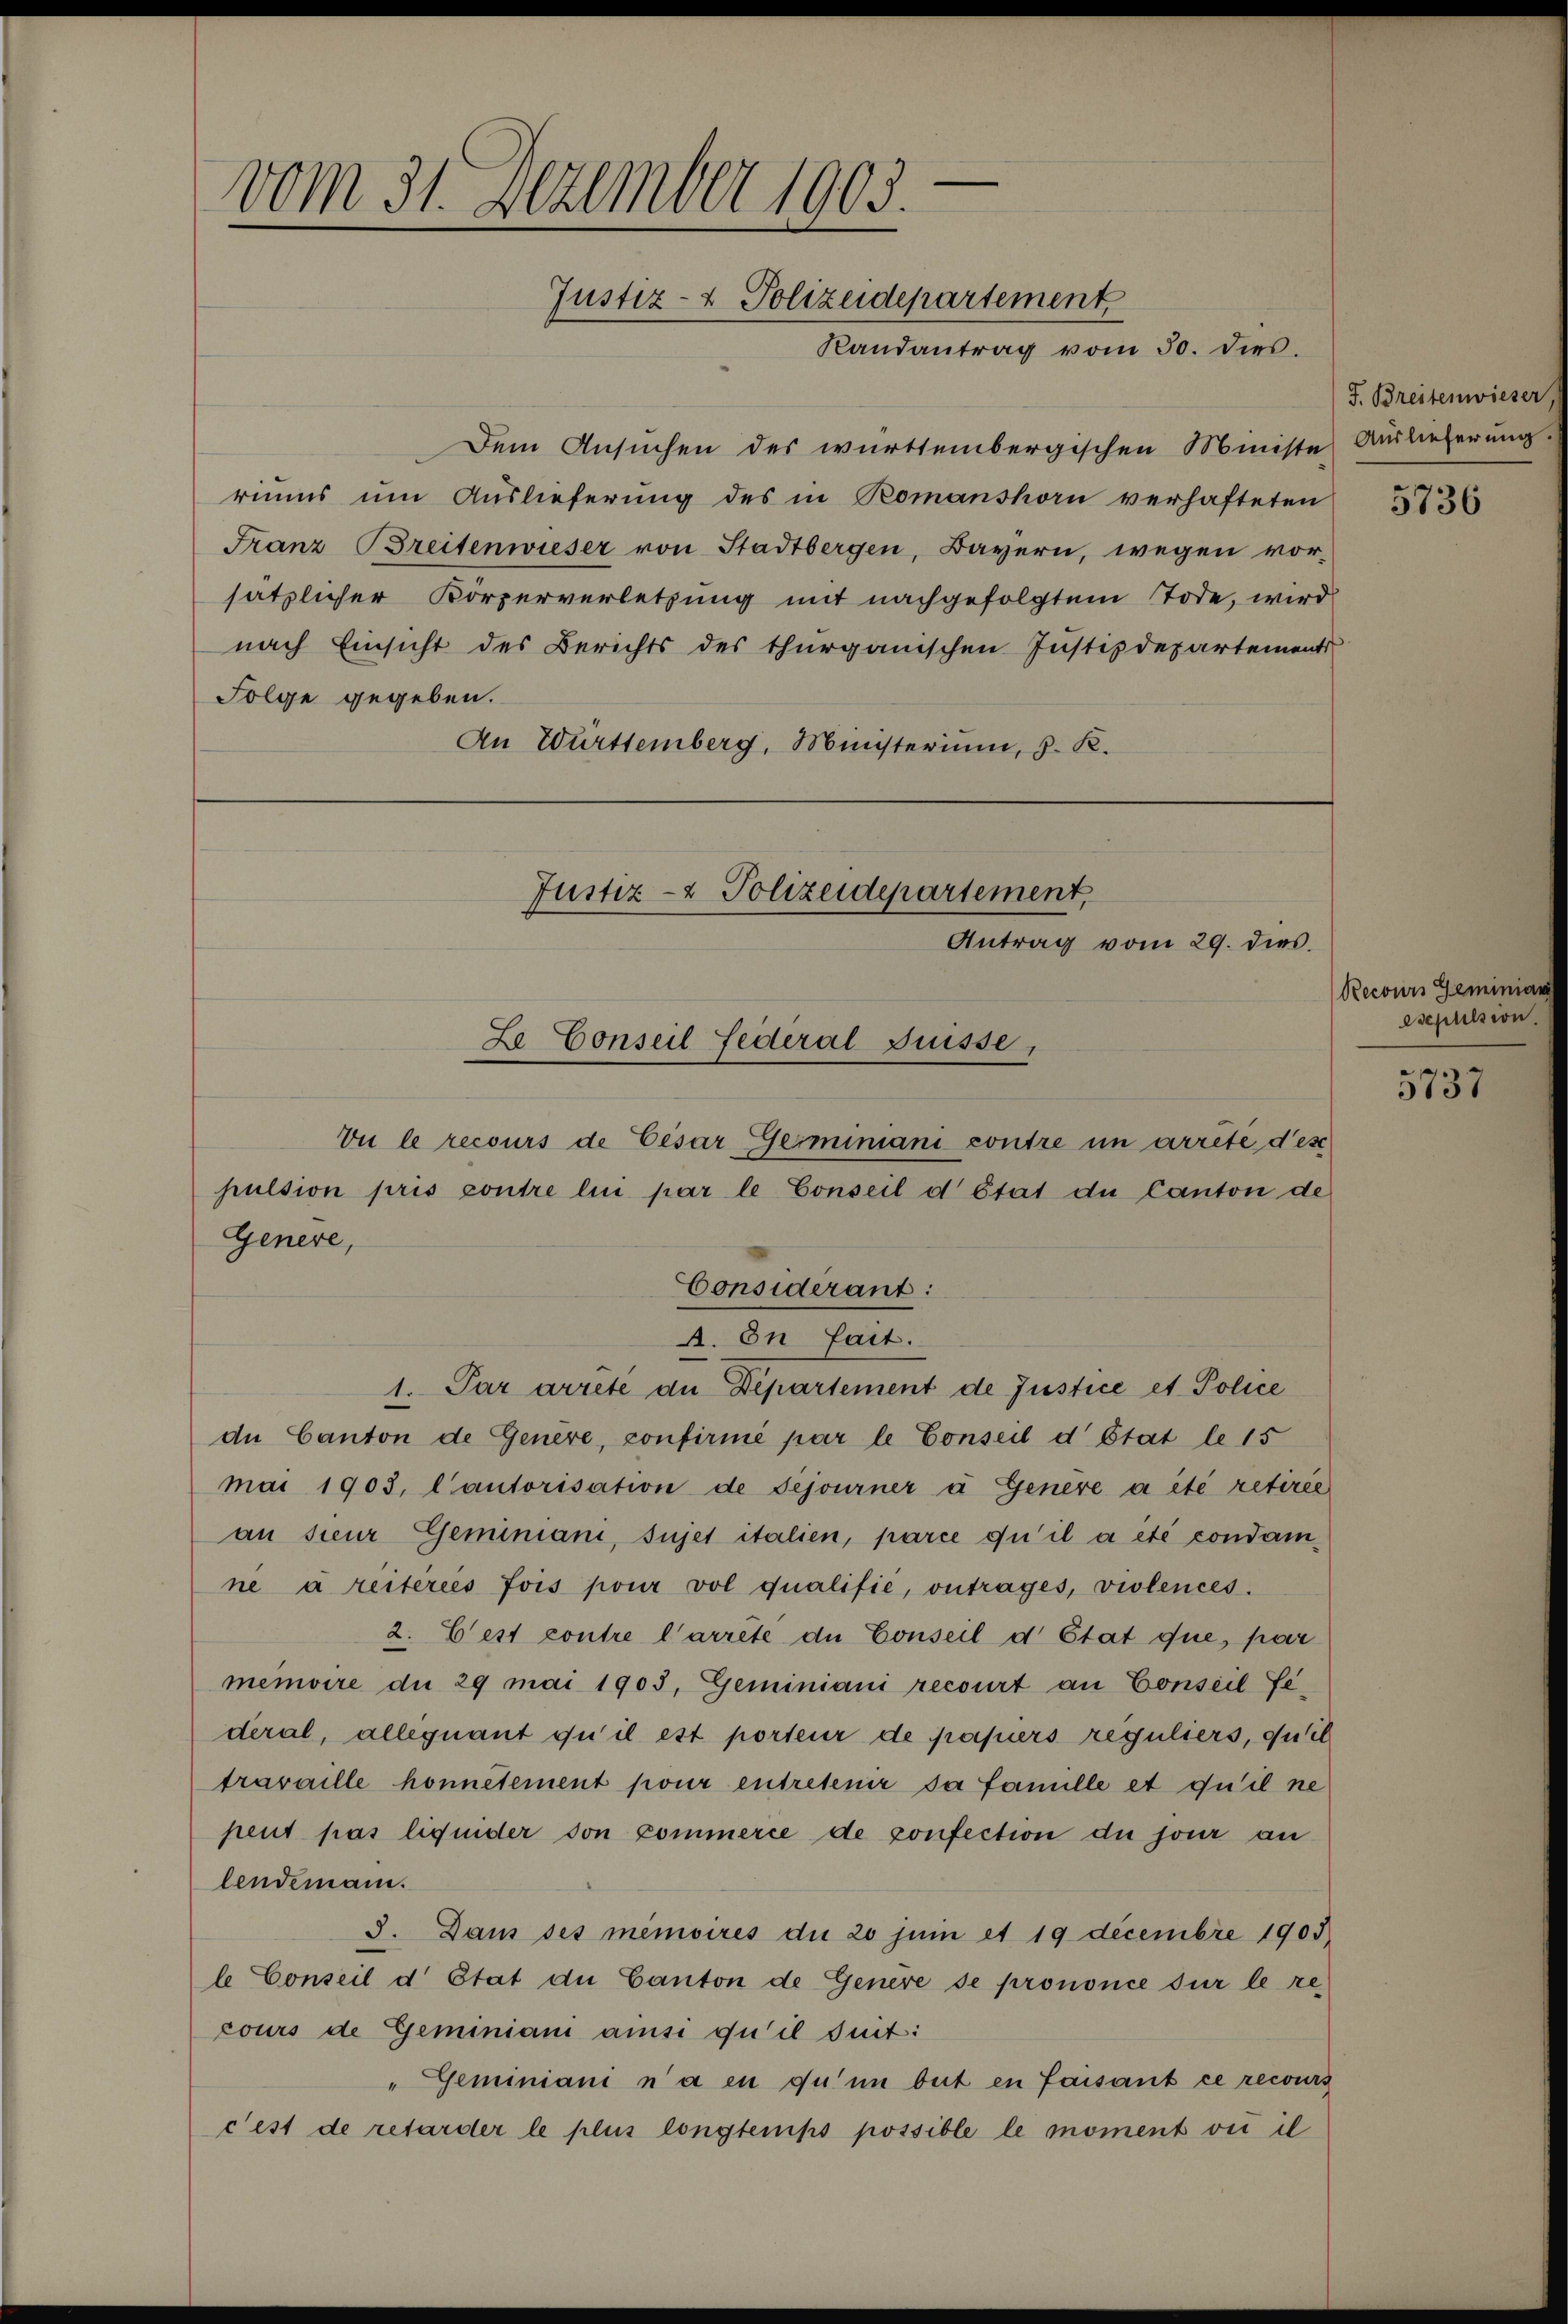
vom 31. Dezember 1903
Justiz- & Polizeidepartement
Randantrag vom 30. dies

Dem Ansuchen des württembergischen Ministe Auslieferung.
riums um Auslieferung des in Romanshorn verhafteten
Franz Breitenwieser von Stadtbergen, Bayern, wegen vorsätzlicher Körperverletzung mit nachgefolgtem Tode, wird
nach Einsicht des Berichts des thurgauischen Justizdepartements
Folge gegeben.
An Württemberg, Ministerium, d. R.

Vui le recours de Cesar Germiniani contre in arrêté d’es
pulsion pris contre lui par le Conseil détat de Canton de
Considerant:
A. In fait.
1. Par arrete an Departement de Justice et Police
de Canton de Genere, confirmé par le Conseil d’Etat le 15
mai 1903, l’autorisation de Sejourner u Genere a été retiree
an sieur Geminiani, sujet italien, parce qu’il a été condamne à reiteres fois pour vol qualifie, ontrages, violences.
2. Cest contre l’arrête de Conseil d’Etat que, par
memoire du 29 mai 1905, Geminiani recourt an Conseil Federal, alle quant qu’il est porteur de papiers reguliers, quil
travaille honnêtement pour entretenir da famille et qu’il ne
peut pas liquider von kommerce de confection du jour an
lendemann.
8. Dans ses memoires du 20 juni et 19 decembre 1903
le Conseil d Etat der Canton de Genere se prononce sur le recours de Geminiani ansi qu’il suit:
"Geminiani n’a en qu’un beit en faisant ce recours
c’est de reforder le plus longtemps possible le moment vi il

Genere,

Justiz- & Polizeidepartement,
Antrag vom 29. dies

Ze Conseil Federal Suisse,

J. Breitenwieser,

5736

Recours Geminiar
Asepulsion.

5737